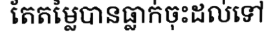
តែតម្លៃបានធ្លាក់ចុះដល់ទៅ